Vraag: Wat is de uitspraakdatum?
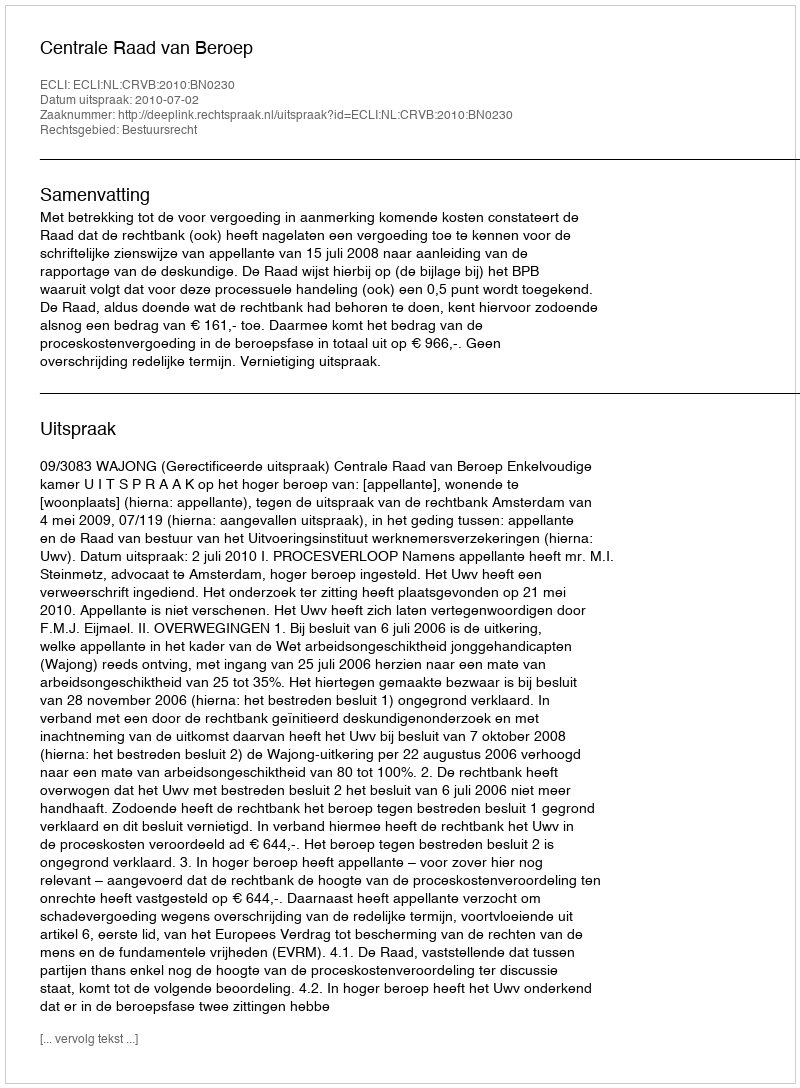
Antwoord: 2010-07-02